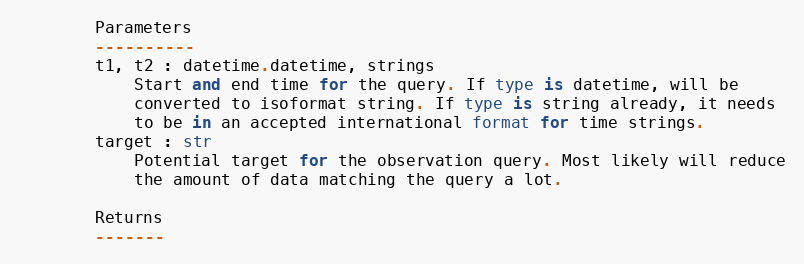
Language: Python
        Parameters
        ----------
        t1, t2 : datetime.datetime, strings
            Start and end time for the query. If type is datetime, will be
            converted to isoformat string. If type is string already, it needs
            to be in an accepted international format for time strings.
        target : str
            Potential target for the observation query. Most likely will reduce
            the amount of data matching the query a lot.

        Returns
        -------